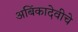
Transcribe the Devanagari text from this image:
अबिंकादेवीचे